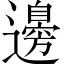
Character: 邊